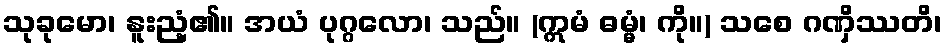
သုခုမော၊ နူးညံ့၏။ အယံ ပုဂ္ဂလော၊ သည်။ (ဣမံ ဓမ္မံ၊ ကို။) သစေ ဂဏှိဿတိ၊